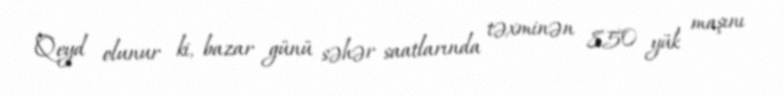
Qeyd olunur ki, bazar günü səhər saatlarında təxminən 850 yük maşını